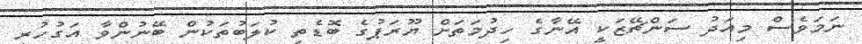
ނަމަވެސް މިއަދު ސަންޗޭޒަކީ އޭނާގެ ހިދުމަތަށް ޔޫރަޕުގެ ބޮޑެތި ކުލަބުތަކުން ބޭނުންވާ އަގުހުރި